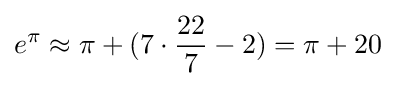
e^{\pi }\approx \pi +(7\cdot {\frac {22}{7}}-2)=\pi +20